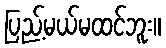
ပြည့်မယ်မထင်ဘူး။